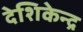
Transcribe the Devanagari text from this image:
देशिकेन्द्र